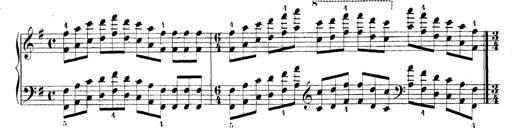
Title: Technische Studien
Composer: Franz Liszt